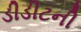
ડીડીટની